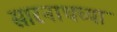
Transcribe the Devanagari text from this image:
सारनाथच्या